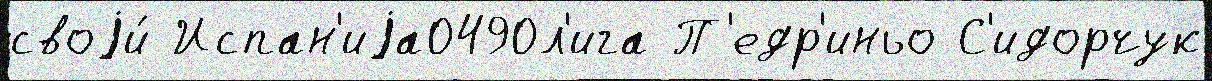
своjи́ Испан'иjа0490л'ига П'едр'иньо С'идорчук